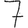
Digit: 7